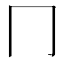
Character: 冂